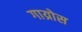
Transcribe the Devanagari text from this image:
गाय्रोस